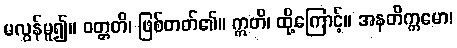
မလွန်မူ၍။ ဝတ္တတိ၊ ဖြစ်တတ်၏။ ဣတိ၊ ထို့ကြောင့်။ အနတိက္ကမော၊